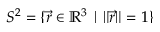
S ^ { 2 } = \smash { \{ \vec { r } \in \mathbb { R } ^ { 3 } \mid \Vert \vec { r } \Vert = 1 \} }